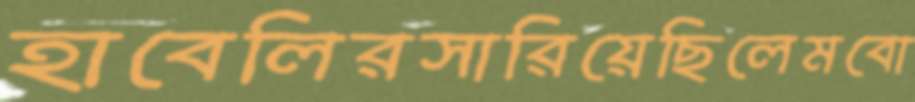
হাবেলিরসারিয়েছিলেমবো